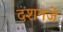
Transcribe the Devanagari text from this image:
दशनजे